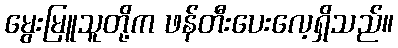
မွေးမြူသူတို့က ဖန်တီးပေးလေ့ရှိသည်။